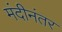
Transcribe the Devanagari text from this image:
मंदीनंतर